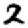
Digit: 2